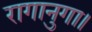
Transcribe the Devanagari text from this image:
रागानुगा।